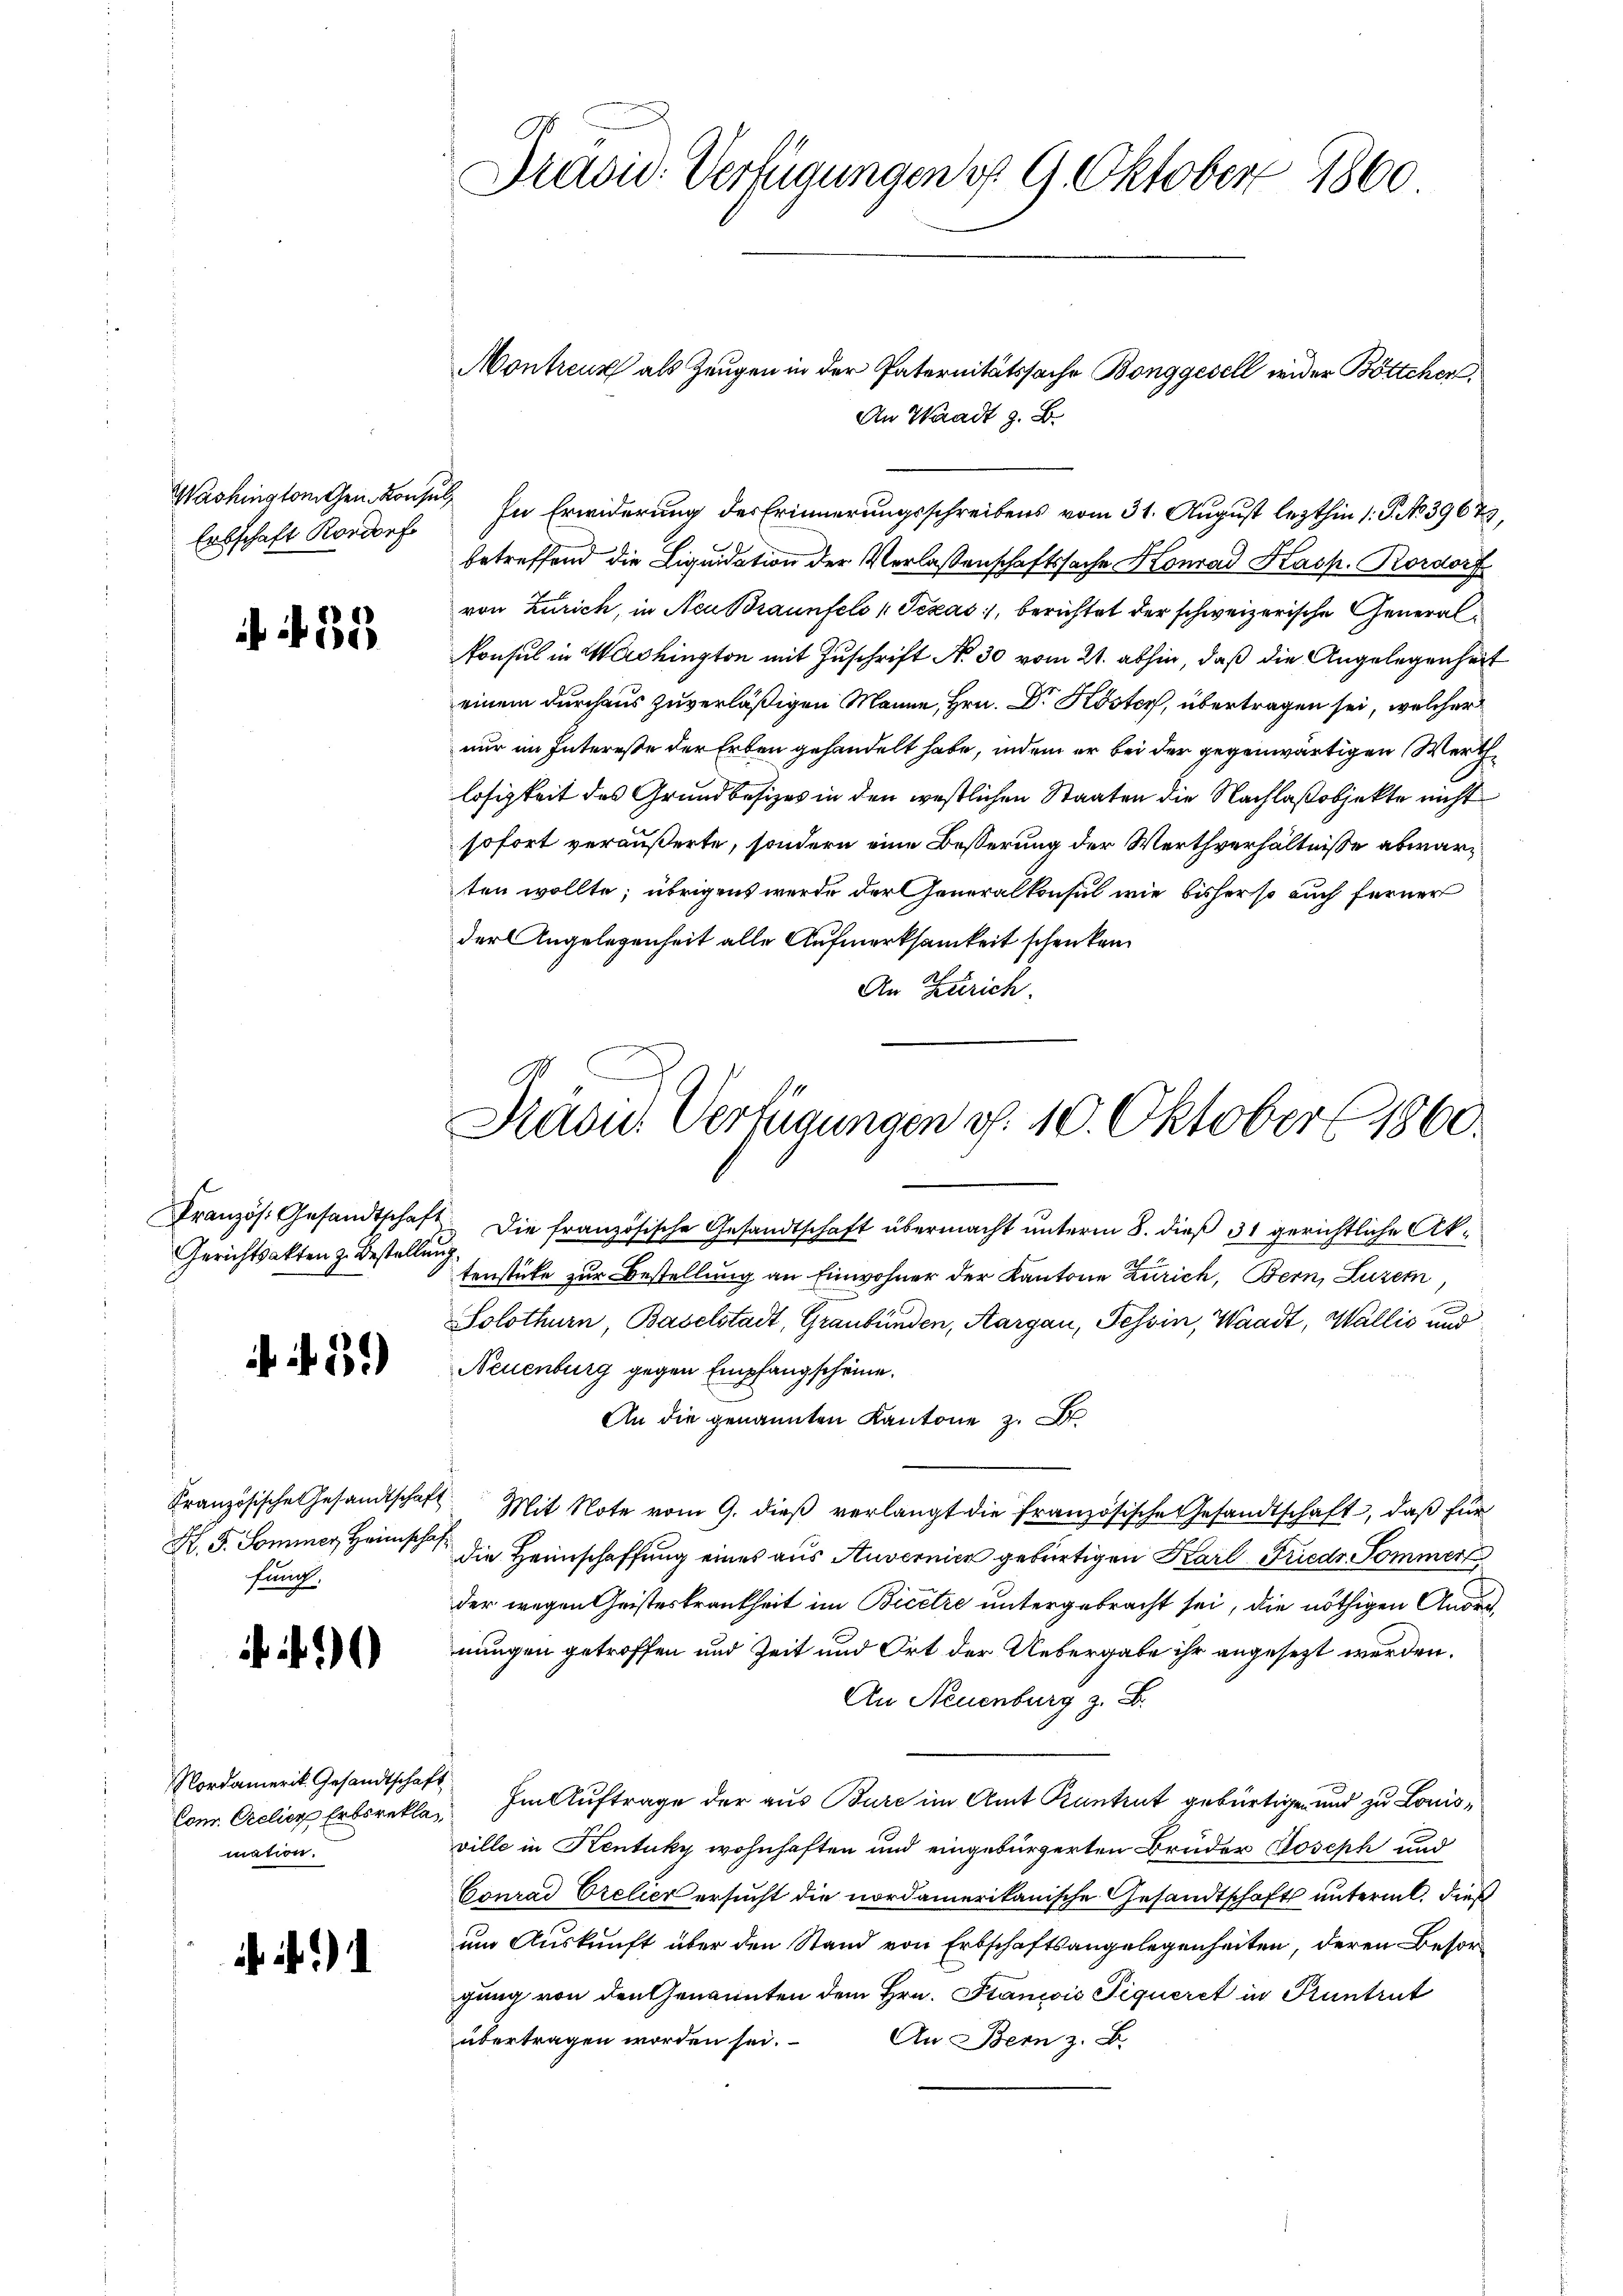
Washingtonchen Kons
Erbschaft Rordorf

35

Französ. Gesandtschaft
Gerichtsakten z. Bestellung

. 131.)

Französische Gesandtschaf
H. F. Sominer Heimscha
fung,

Nordamerik Gesandtscha
Cons. Orelier Erbsrekla
mation.

Präsid. Verfügungen d. 9. Oktober 1860

Montreux als Zeugen in der Paternitätssache Bonggesell wider Böttcher,
An Waadt z. B.

In Erwiderung des Erinnerungsschreibens vom 31. August lezthin 1. P. No 39675,
betreffend die Liquidation der Verlassenschaftssache Konrad Kasp. Rordorf
von Zürich, in Neu Braunfels (Texas, berichtet der schweizerische Generalonsul in Washington mit Zuschrift No 30 vom 21. abhin, daß die Angelegenheit
einem durchaus zuverläßigen Manne, Hrn. Dr. Köster, übertragen sei, welcher
nur im Interesse der Erben gehandelt habe, indem er bei der gegenwärtigen Werthlosigkeit des Grundbesizes in den westlichen Staaten die Nachlaßobjekte nicht
sofort veräußerte, sondern eine Besserung der Werthverhältnisse abwärten wollte; übrigens wurde der Generalkonsul wie bisher so auch ferner
der Angelegenheit alle Aufmerksamkeit schen kan
An Zürich.
Die französische Gesandtschaft übermacht unterm 8. dieß 31 gerichtliche Aktenstüke zur Bestellung an Einwohner der Kantone Zürich, Bern, Luzern,
Solothurn, Baselstadt, Graubünden, Aargau, Tessin, Waadt, Wallis und
Neuenburg gegen Empfangscheine.
An die genannten Kantone z. B
Mit Note vom 9. dieß verlangt die französische Gesandtschaft, daß für
die Heimschaffung eines aus Auvernier gebürtigen Karl Friedr Sommer
der wegen Geisteskrankheit im Bicere untergebracht sei, die nöthigen Andernungen getroffen und Zeit und Ort der Uebergabe ihr angesezt werden.
An Neuenburg z. B.
Im Auftrage der aus Bure im Amt Kuntrut gebürtigen und zu Lonisville in Kentuky wohnhaften und eingebürgerten Brüder Joseph und
Conrad Orelier ersucht die nordamerikanische Gesandtschaft untermt. Dieß
um Auskunft über den Stand von Erbschaftsangelegenheiten, deren Besorgung von den Genannten dem Hrn. Staniois Piqueret in Pruntrut
übertragen worden sei.
An Bern z. B.

Pradus Verfügungen d. 10. Oktober 1860.